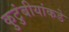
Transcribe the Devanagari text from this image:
कुटुंबीयांकडे